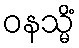
ဝနသ္မိံ